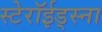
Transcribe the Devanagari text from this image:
स्टेरॉईड्स्ना